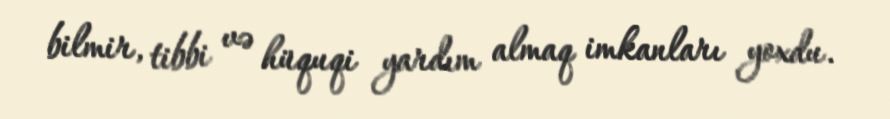
bilmir, tibbi və hüquqi yardım almaq imkanları yoxdu.